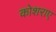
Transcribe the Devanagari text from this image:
कोशराए